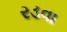
રડવા